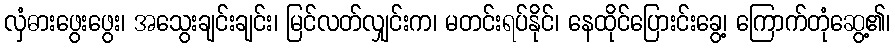
လှံဓားဖွေးဖွေး၊ အသွေးချင်းချင်း၊ မြင်လတ်လျှင်းက၊ မတင်းရပ်နိုင်၊ နေထိုင်ပြေားင်းခွေ့၊ ကြောက်တုံဆွေ့၏၊